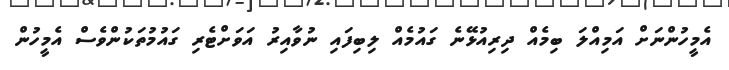
އެމީހުންނަށް އަމިއްލަ ބިމެއް ދިރިއުޅޭނެ ގައުމެއް ލިބިފައި ނުވާއިރު އަވަށްޓެރި ގައުމުތަކުންވެސް އެމީހުން